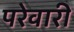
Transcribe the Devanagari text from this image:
परेवारी